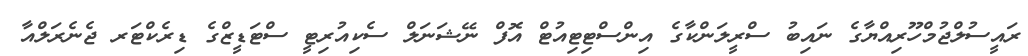
ރައީސުލްޖުމްހޫރިއްޔާގެ ނައިބު ސްރީލަންކާގެ އިންސްޓިޓިއުޓް އޮފް ނޭޝަނަލް ސެކިއުރިޓީ ސްޓަޑީޒްގެ ޑިރެކްޓަރ ޖެނެރަލްއާ